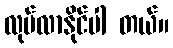
လုပ်လာနိုင်ပါ တယ်။